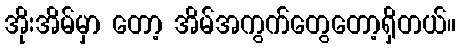
အိုးအိမ်မှာ တော့ အိမ်အကွက်တွေတော့ရှိတယ်။